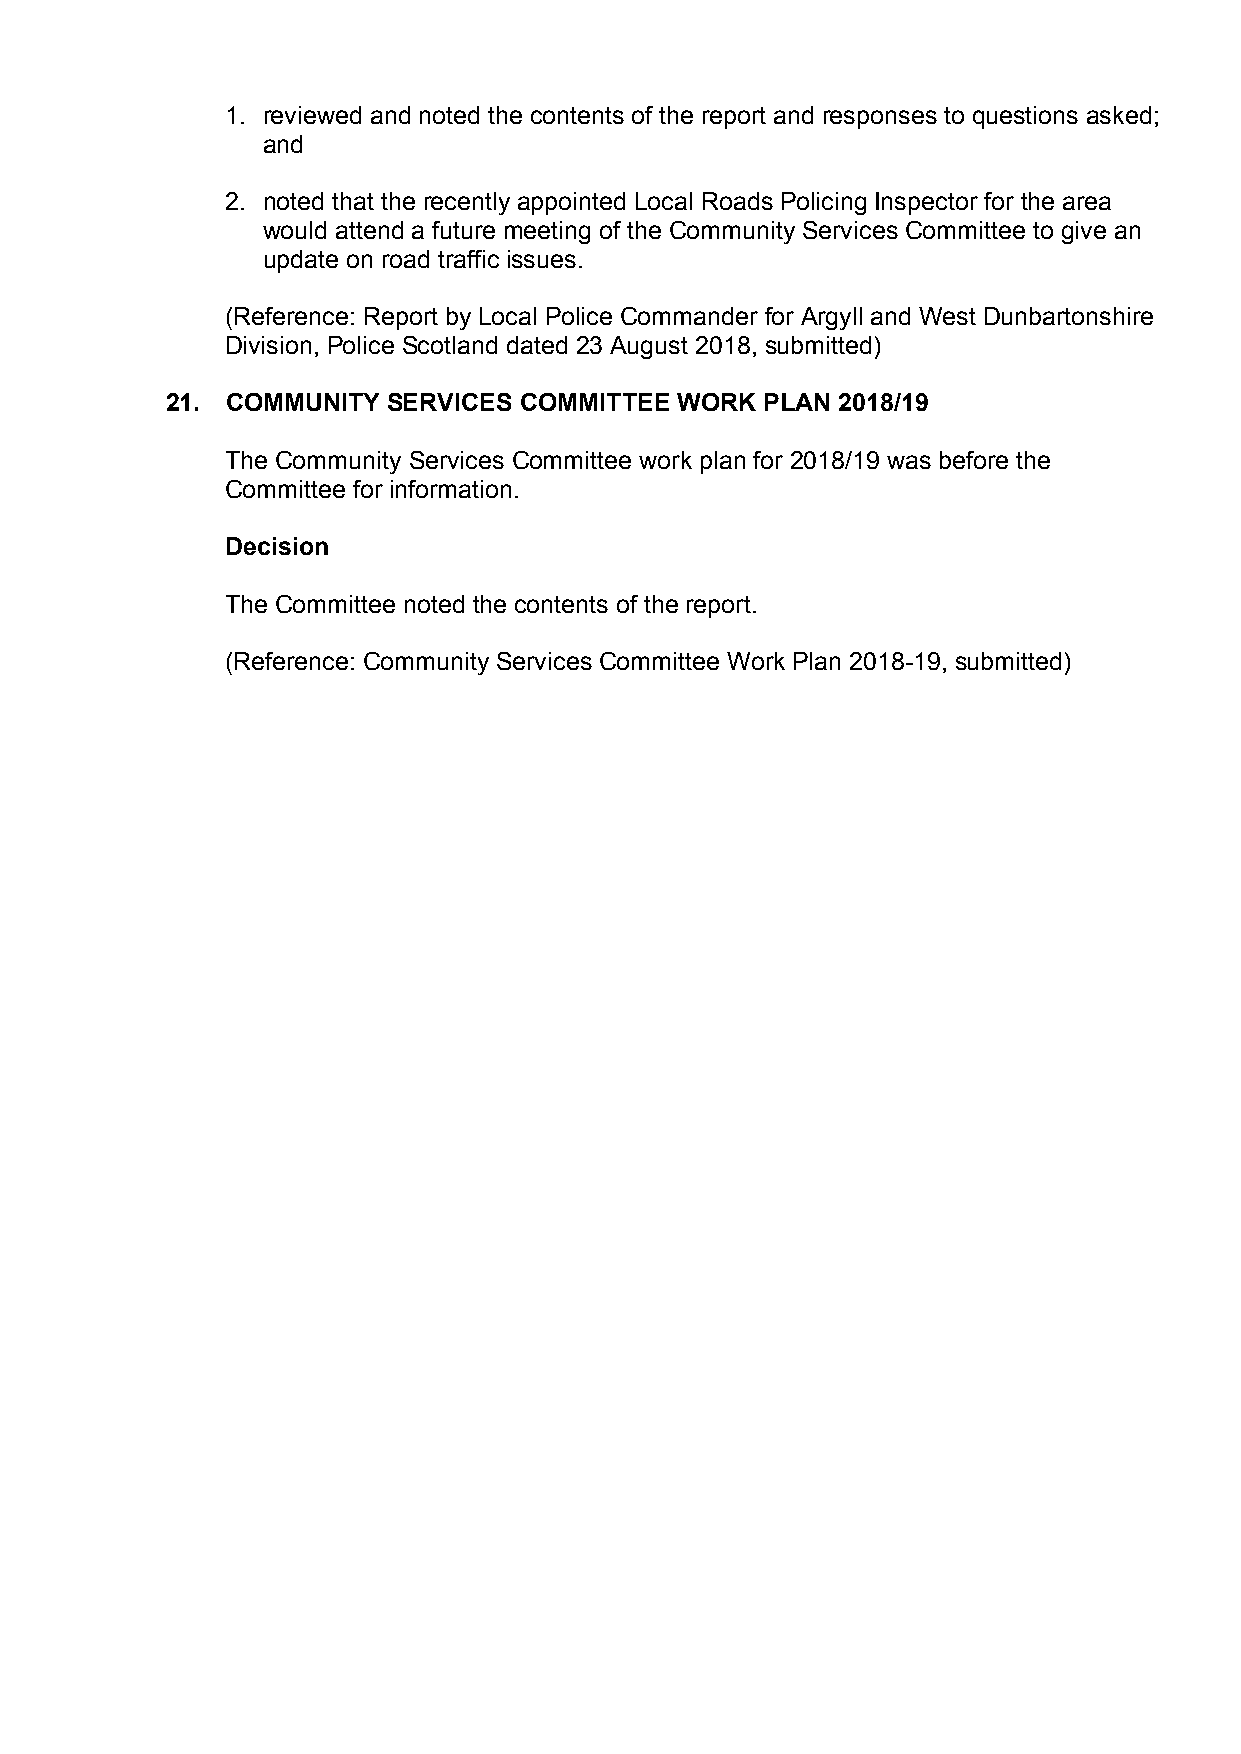
1. reviewed and noted the contents of the report and responses to questions asked;
 and
 2. noted that the recently appointed Local Roads Policing Inspector for the area
 would attend a future meeting of the Community Services Committee to give an
 update on road traffic issues.
 (Reference: Report by Local Police Commander for Argyll and West Dunbartonshire
 Division, Police Scotland dated 23 August 2018, submitted)
 21. COMMUNITY  SERVICES COMMITTEE WORK  PLAN 2018/19
 The Community Services Committee work plan for 2018/19 was before the
 Committee for information.
 Decision
 The Committee noted the contents of the report.
 (Reference: Community Services Committee Work Plan 2018-19, submitted)